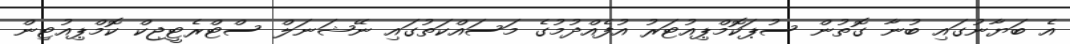
އެ ބަޔާނުގައި ބުނާ ގޮތުން ސުޕަކޮމްޕިއުޓަރު އުފެއްދުމުގެ މަސައްކަތުގައި ނޭޝަނަލް ސްޓްރެޓީޖިކް ކޮމްޕިއުޓިން